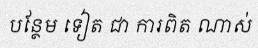
បន្ថែម ទៀត ជា ការពិត ណាស់